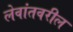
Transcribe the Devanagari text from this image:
लेवांतवरील